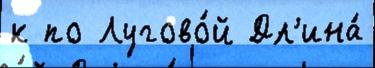
к по Лугово́й Дл'ина́